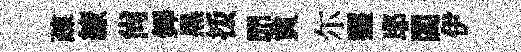
疎繚尚鐸黒㧞𦊑貟尓虀耶閻伊